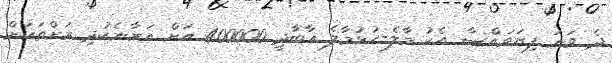
ދެ ވަނަ ފިޔަވައްސާ އެކު މާލެ-ހުޅުމާލެ އާބާދީ 400000 އަށް އަރާނެކުދި ރަށްތަކަށް